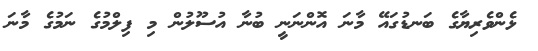
ޅެންވެރިޔާގެ ބަނޑުގައޭ މާނަ އޮންނަނީ ބުނާ އުސޫލުން މި ފިލްމުގެ ނަމުގެ މާނަ